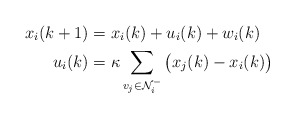
\begin{align*} x_i(k+1) &= x_i(k) + u_i(k) + w_i(k) \\ u_i(k) &= \kappa \sum_{v_j \in \mathcal{N}_i^-} \big(x_j(k) - x_i(k)\big) \end{align*}